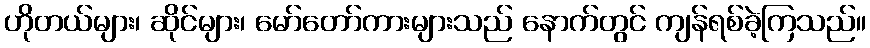
ဟိုတယ်များ၊ ဆိုင်များ၊ မော်တော်ကားများသည် နောက်တွင် ကျန်ရစ်ခဲ့ကြသည်။